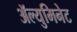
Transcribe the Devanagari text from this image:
ॲल्युमिनेट